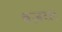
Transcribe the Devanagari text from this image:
वज़रार